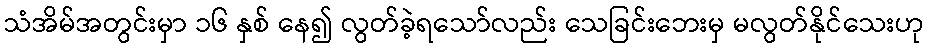
သံအိမ်အတွင်းမှာ ၁၆ နှစ် နေ၍ လွတ်ခဲ့ရသော်လည်း သေခြင်းဘေးမှ မလွတ်နိုင်သေးဟု